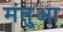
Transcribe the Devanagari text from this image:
मंतुआ